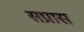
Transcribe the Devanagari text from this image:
सप्रास